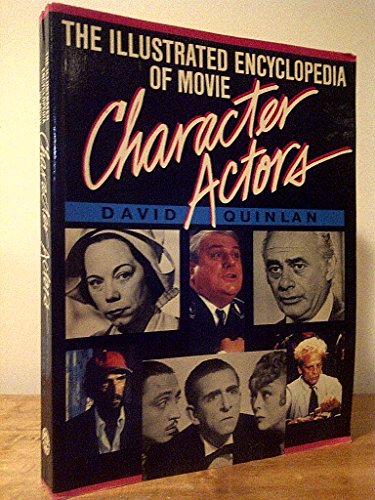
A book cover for Illustrated Encyclopedia of Movie Character Actors; David Quinlan; Humor & Entertainment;